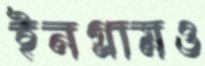
ইনগ্রামও